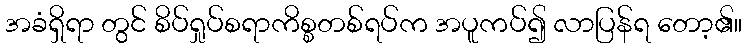
အခံရှိရာ တွင် စိပ်ရှုပ်စရာကိစ္စတစ်ရပ်က အပူကပ်၍ လာပြန်ရ တော့၏။